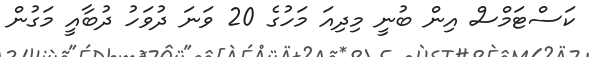
ކަސްޓަމްސް އިން ބުނީ މިދިއަ މަހުގެ 20 ވަނަ ދުވަހު ދުބާއީ މަގުން